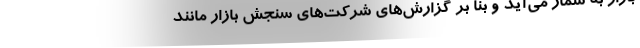
بازار به شمار می‌آید و بنا بر گزارش‌های شرکت‌های سنجش بازار مانند